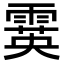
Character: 霙